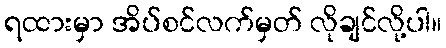
ရထားမှာ အိပ်စင်လက်မှတ် လိုချင်လို့ပါ။